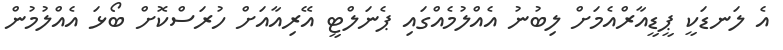
އެ ލަނޑަކީ ޕީޑީއާރްއެމަށް ލިބުނު އެއްލުމެއްގައި ޕެނަލްޓީ އޭރިއާއަށް ހުރަސްކޮށް ބޯޅަ އެއްލުމުން